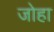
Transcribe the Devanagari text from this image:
जोहा